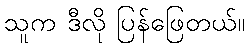
သူက ဒီလို ပြန်ဖြေတယ်။